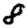
Digit: 8